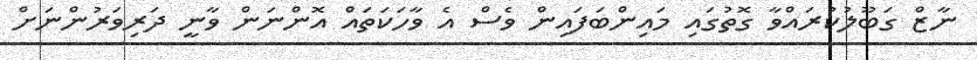
ނާޒް ގަބޫލުކުރައްވާ ގޮތުގައި މައިންބަފައިން ވެސް އެ ވާހަކަތައް އޮންނަން ވާނީ ދަރިވަރުންނަށް